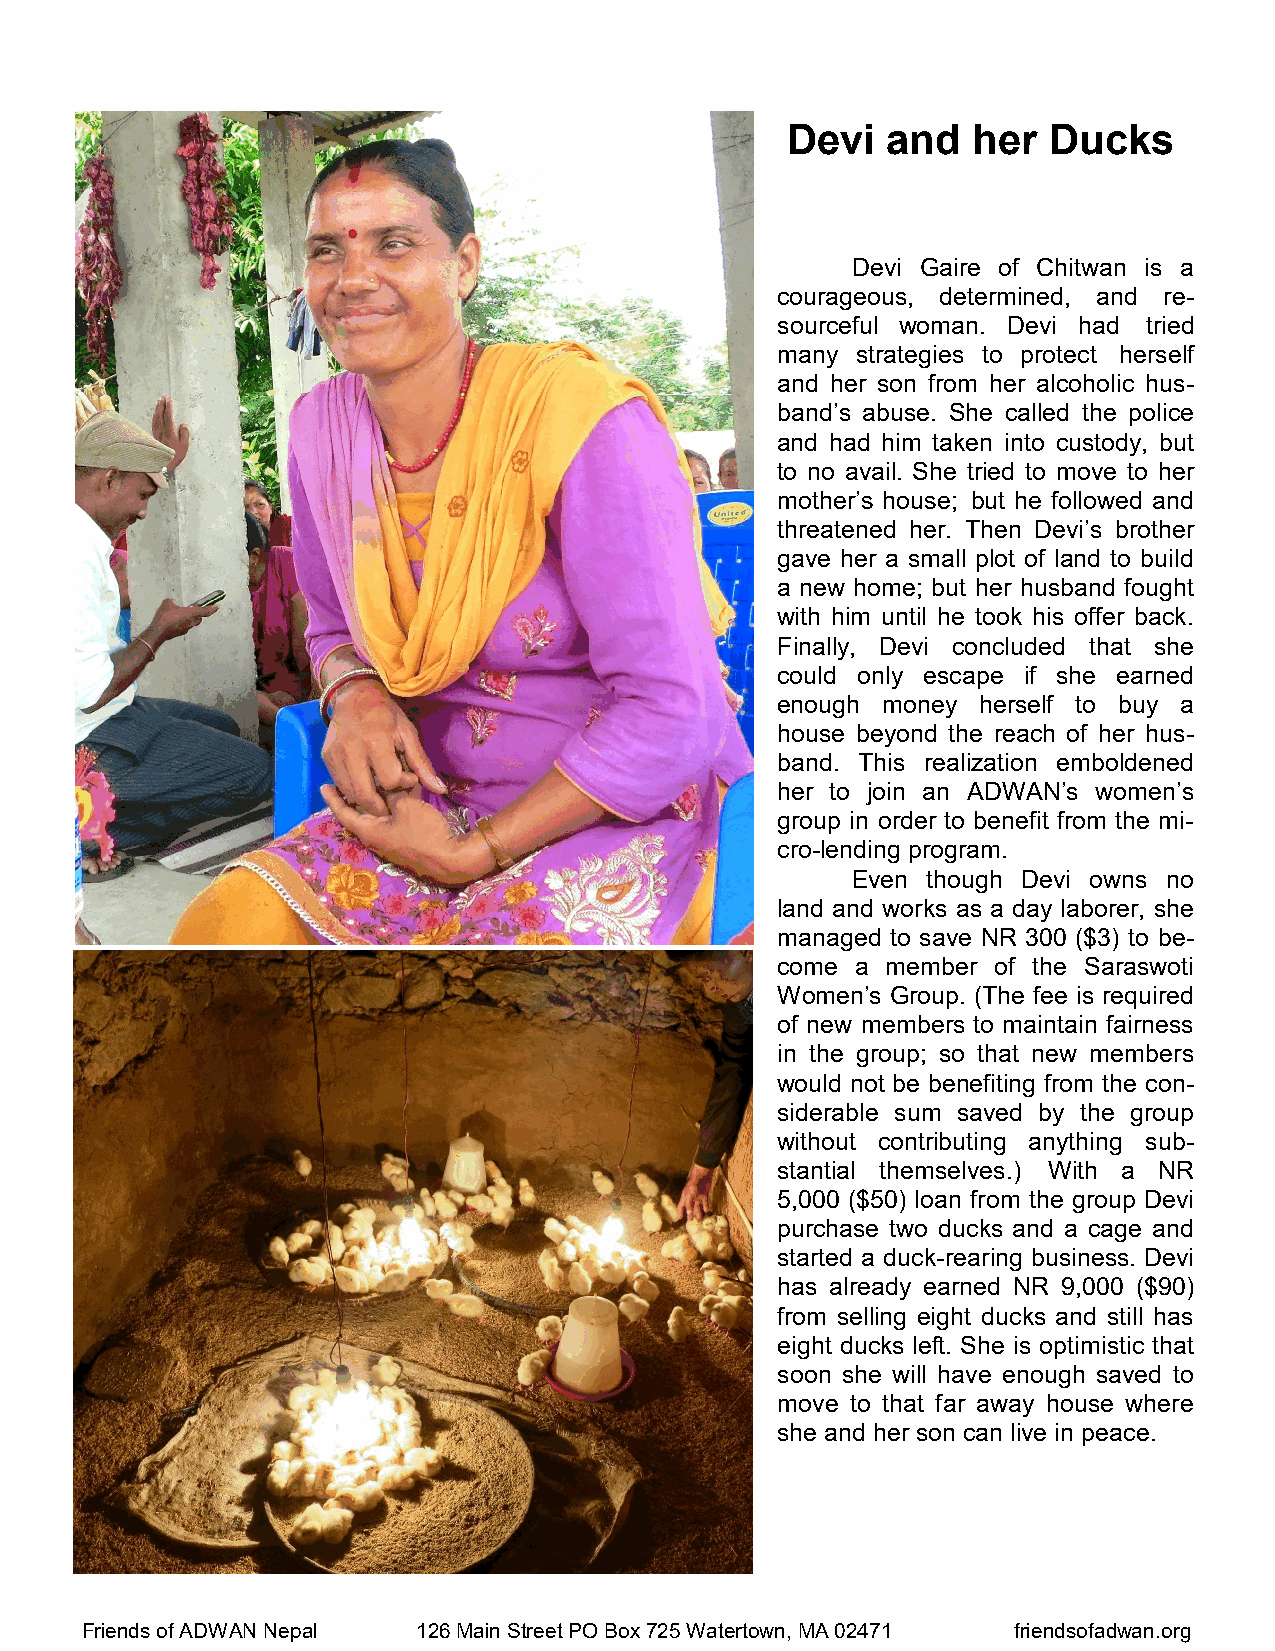
Devi   and  her  Ducks
 Devi Gaire of Chitwan is a
 courageous, determined, and re-
 sourceful woman. Devi had tried
 many  strategies to protect herself
 and her son from her alcoholic hus-
 band’s abuse. She called the police
 and had him taken into custody, but
 to no avail. She tried to move to her
 mother’s house; but he followed and
 threatened her. Then Devi’s brother
 gave her a small plot of land to build
 a new home; but her husband fought
 with him until he took his offer back.
 Finally, Devi concluded that she
 could only escape if she earned
 enough money  herself to buy a
 house beyond the reach of her hus-
 band. This realization emboldened
 her to join an ADWAN’s women’s
 group in order to benefit from the mi-
 cro-lending program.
 Even though Devi owns no
 land and works as a day laborer, she
 managed to save NR 300 ($3) to be-
 come  a member of the Saraswoti
 Women’s Group. (The fee is required
 of new members to maintain fairness
 in the group; so that new members
 would not be benefiting from the con-
 siderable sum saved by the group
 without contributing anything sub-
 stantial themselves.) With a NR
 5,000 ($50) loan from the group Devi
 purchase two ducks and a cage and
 started a duck-rearing business. Devi
 has already earned NR 9,000 ($90)
 from selling eight ducks and still has
 eight ducks left. She is optimistic that
 soon she will have enough saved to
 move to that far away house where
 she and her son can live in peace.
 Friends of ADWAN Nepal 126 Main Street PO Box 725 Watertown, MA 02471 friendsofadwan.org